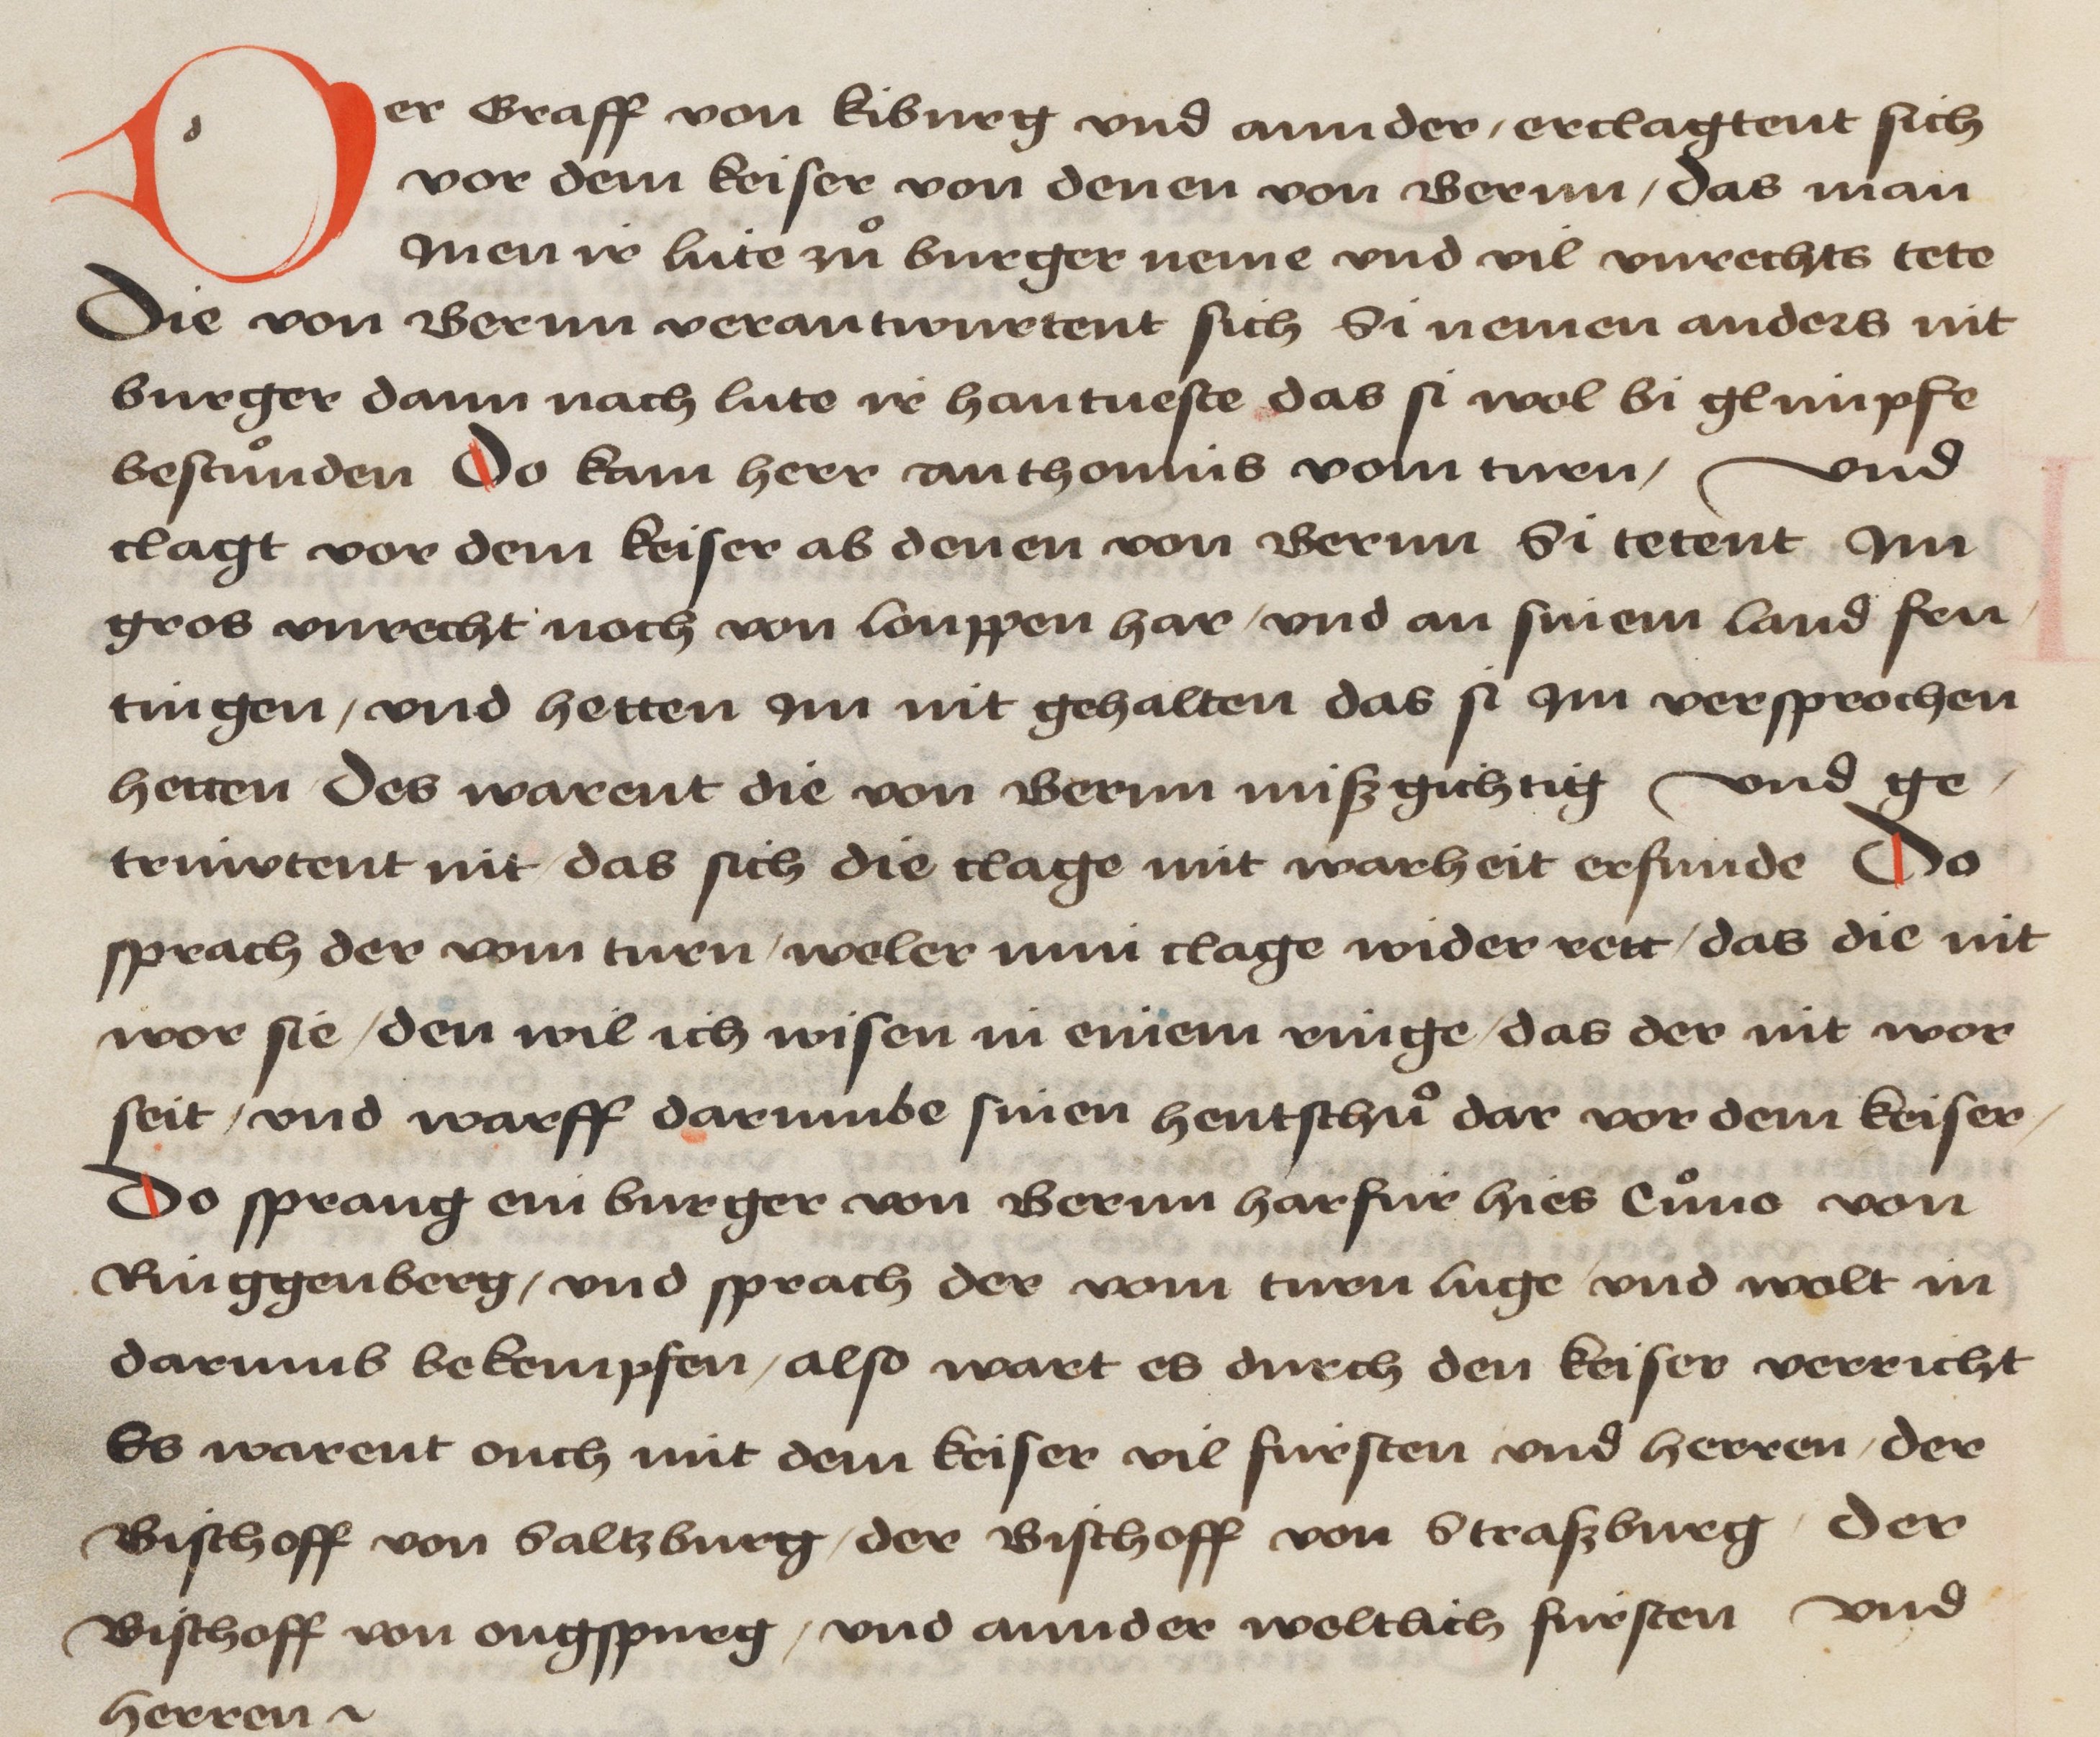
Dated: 1478–1483